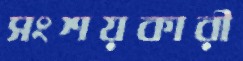
সংশয়কারী